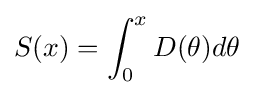
S(x)=\int _{0}^{x}D(\theta )d\theta